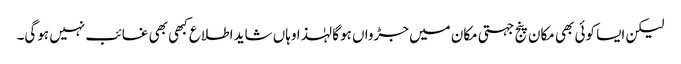
لیکن ایسا کوئی بھی مکان پنج جہتی مکان میں جڑواں ہوگا لہٰذا وہاں شاید اطلاع کبھی بھی غائب نہیں ہوگی۔